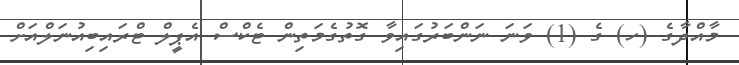
މާއްދާގެ (ހ) ގެ (1) ވަނަ ނަންބަރުގައިވާ ގޮތުގެމަތިން ޓެކްސް އެޕީލް ޓްރައިބިއުނަލްއަށް